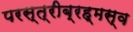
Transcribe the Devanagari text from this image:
परस्त्रीब्रह्मस्व